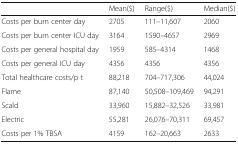
<table><thead><tr><td>[EMPTY_CELL]</td><td><b>Mean($)</b></td><td><b>Range($)</b></td><td><b>Median($)</b></td></tr></thead><tbody><tr><td>Costs per burn center day</td><td>2705</td><td>111–11,607</td><td>2060</td></tr><tr><td>Costs per burn center ICU day</td><td>3164</td><td>1590–4657</td><td>2969</td></tr><tr><td>Costs per general hospital day</td><td>1959</td><td>585–4314</td><td>1468</td></tr><tr><td>Costs per general ICU day</td><td>4356</td><td>4356</td><td>4356</td></tr><tr><td>Total healthcare costs/p t</td><td>88,218</td><td>704–717,306</td><td>44,024</td></tr><tr><td>Flame</td><td>87,140</td><td>50,508–109,469</td><td>94,291</td></tr><tr><td>Scald</td><td>33,960</td><td>15,882–32,526</td><td>33,981</td></tr><tr><td>Electric</td><td>55,281</td><td>26,076–70,311</td><td>69,457</td></tr><tr><td>Costs per 1% TBSA</td><td>4159</td><td>162–20,663</td><td>2633</td></tr></tbody></table>